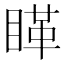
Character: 𰥵